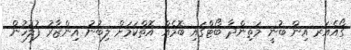
ގޯއެއަރ އިން ބުނީ މަތިންދާ ބޯޓްގައި ބޮމެއް އޮތްކަމަށް ލިބުނު އިންޒާރު ފުލުހުން